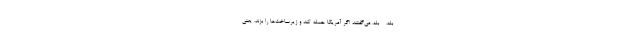
- بله. - بله. می‌گفتند اگر آمریکا حمله کند و زیرساخت‌ها را بزند، یعنی